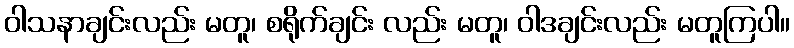
ဝါသနာချင်းလည်း မတူ၊ စရိုက်ချင်း လည်း မတူ၊ ဝါဒချင်းလည်း မတူကြပါ။